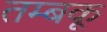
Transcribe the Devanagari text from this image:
तम्बकू